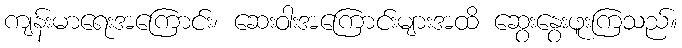
ကျန်းမာရေးအကြောင်း၊ ဆေးဝါးအကြောင်းများအထိ ဆွေးနွေးဖူးကြသည်။